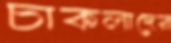
চাকলাদের